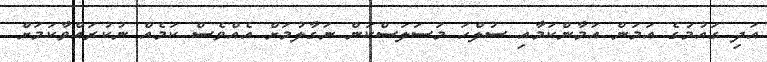
އަދި ގައުމުގެ އަމަން އަމާންކަމާއި ސުލްހަ މަސަލަސްކަން ނަގާލުމަށް އެއްވެސް ކަމެއް ނުކުރައްވާކަމަށް